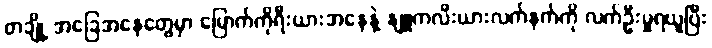
တချို့ အခြေအနေတွေမှာ မြောက်ကိုရီးယားအနေနဲ့ နျူကလီးယားလက်နက်ကို လက်ဦးမှုရယူပြီး